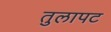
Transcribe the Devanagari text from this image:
तुलापट